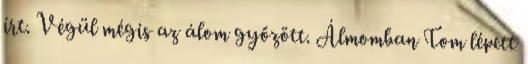
írt. Végül mégis az álom győzött. Álmomban Tom lépett